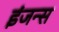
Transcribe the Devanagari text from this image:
इंजन्स